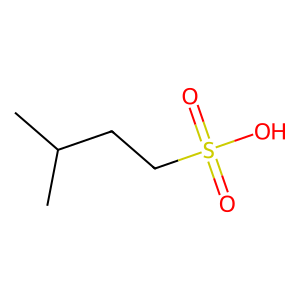
SMILES: CC(C)CCS(=O)(=O)O
Inhibits HIV replication: No